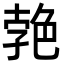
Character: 𦫛